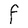
Character: F